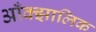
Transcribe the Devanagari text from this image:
आँक्झालिक